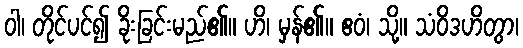
ဝါ၊ တိုင်ပင်၍ ခိုးခြင်းမည်၏။ ဟိ၊ မှန်၏။ ဧဝံ၊ သို့။ သံဝိဒဟိတွာ၊